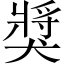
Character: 獎